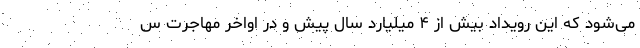
می‌شود که این رویداد بیش از ۴ میلیارد سال پیش و در اواخر مهاجرت س